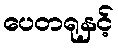
ပေတရုနှင့်